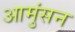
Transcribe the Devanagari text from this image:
आमुंसन